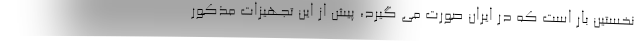
نخستین بار است که در ایران صورت می گیرد، پیش از این تجهیزات مذکور